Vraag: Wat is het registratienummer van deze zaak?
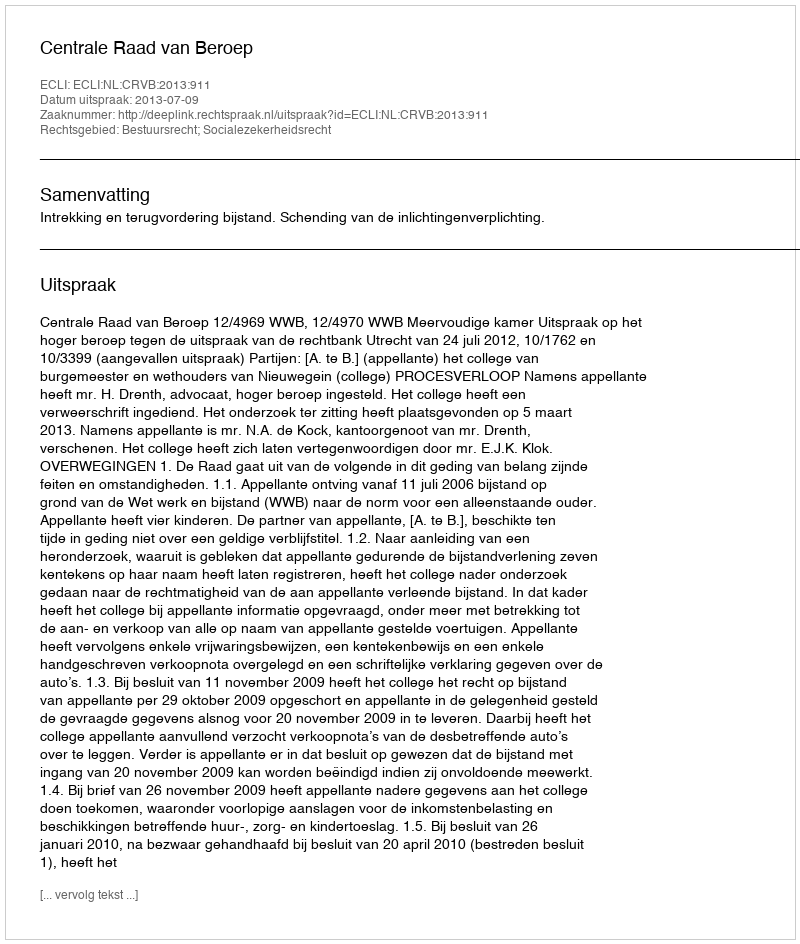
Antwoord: http://deeplink.rechtspraak.nl/uitspraak?id=ECLI:NL:CRVB:2013:911